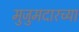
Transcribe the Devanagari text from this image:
मुजुमदारच्या